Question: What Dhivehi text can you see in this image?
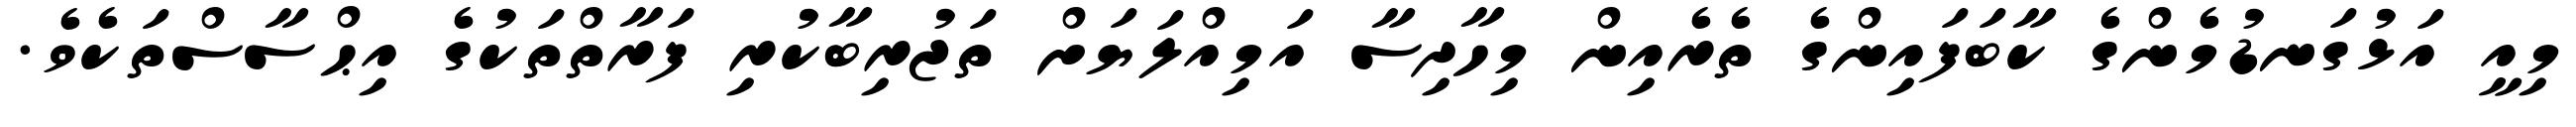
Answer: މިއީ އަޅުގަނޑުމެންގެ ކާބަފައިންގެ ތެރެއިން މިހާދިސާ އަމިއްލަޔަށް ތަޖުރިބާކުރި ފަރާތްތަކުގެ އިޙްސާސްތަކެވެ.